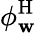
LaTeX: \phi_{\mathbf{w}}^{\mathrm{H}}